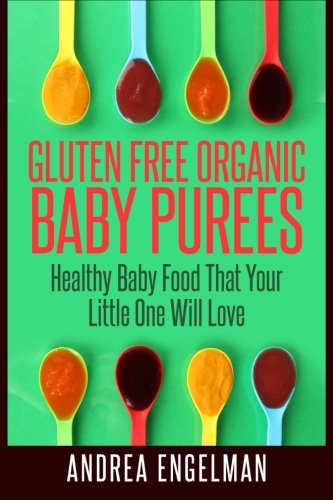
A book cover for Gluten Free Organic Baby Purees: Healthy Baby Food That Your Little One Will Love; Andrea Engelman; Cookbooks, Food & Wine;